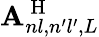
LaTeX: \mathbf{A}_{nl,n^{\prime}l^{\prime},L}^{\mathrm{{~H~}}}